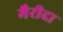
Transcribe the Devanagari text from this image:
मैरीदा